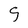
Character: S